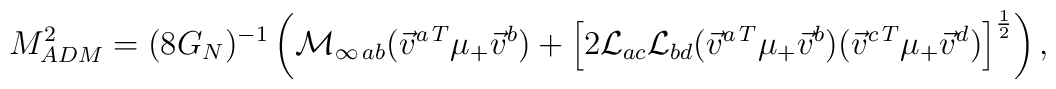
M_{ADM}^2 = (8G_N)^{-1}\left({} {\cal M}_{\infty\, ab}({\vec v}^{a\, T}\mu_+ {\vec v}^b) +\left[{ 2}{\cal L}_{ac}{\cal L}_{bd}({\vec v}^{a\, T}\mu_+{\vec v}^b) ({\vec v}^{c\, T}\mu_+{\vec v}^d)\right]^{1\over 2}\right),